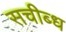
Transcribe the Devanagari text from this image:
सचीब्ध